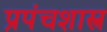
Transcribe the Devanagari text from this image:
प्रपंचशास्त्र